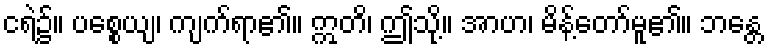
ငရဲ၌။ ပစ္စေယျ၊ ကျက်ရာ၏။ ဣတိ၊ ဤသို့။ အာဟ၊ မိန့်တော်မူ၏။ ဘန္တေ